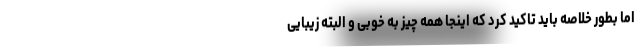
اما بطور خلاصه باید تاکید کرد که اینجا همه چیز به خوبی و البته زیبایی